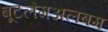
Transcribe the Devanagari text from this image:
बूटलेगअलबम